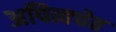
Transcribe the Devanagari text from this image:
अपित्वचेत